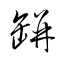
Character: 缾